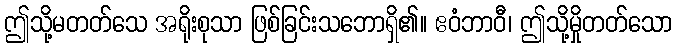
ဤသို့မတတ်သေ အရိုးစုသာ ဖြစ်ခြင်းသဘောရှိ၏။ ဧဝံဘာဝီ၊ ဤသို့မှိုတတ်သော